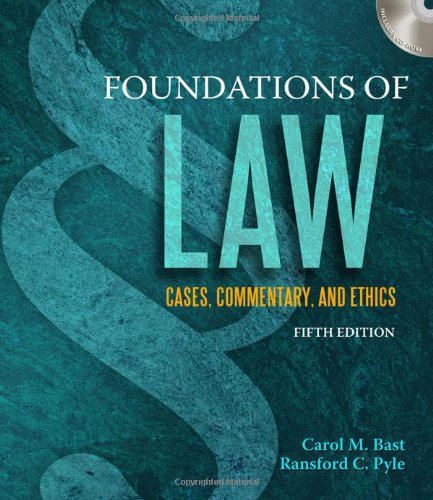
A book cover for Foundations of Law: Cases, Commentary and Ethics; Carol M. Bast; Law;